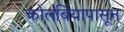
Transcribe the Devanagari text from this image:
कोलंबियापासून